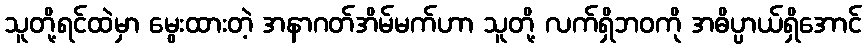
သူတို့ရင်ထဲမှာ မွေးထားတဲ့ အနာဂတ်အိမ်မက်ဟာ သူတို့ လက်ရှိဘဝကို အဓိပ္ပာယ်ရှိအောင်